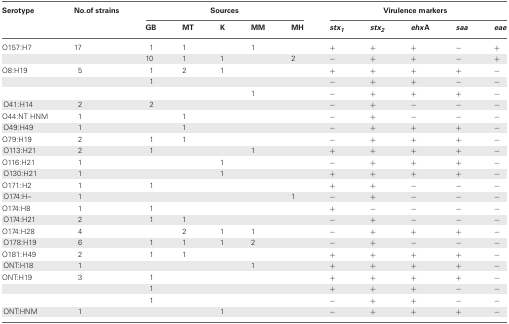
<table><thead><tr><td><b>Serotype</b></td><td><b>No. of strains</b></td><td colspan="5"><b>Sources</b></td><td colspan="5"><b>Virulence markers</b></td></tr><tr><td></td><td></td><td><b>GB</b></td><td><b>MT</b></td><td><b>K</b></td><td><b>MM</b></td><td><b>MH</b></td><td><b><i>stx</i><sub>1</sub></b></td><td><b><i>stx</i><sub>2</sub></b></td><td><b><i>ehx</i>A</b></td><td><b><i>saa</i></b></td><td><b><i>eae</i></b></td></tr></thead><tbody><tr><td>O157:H7</td><td>17</td><td>1</td><td>1</td><td></td><td>1</td><td></td><td>+</td><td>+</td><td>+</td><td>−</td><td>+</td></tr><tr><td></td><td></td><td>10</td><td>1</td><td>1</td><td></td><td>2</td><td>−</td><td>+</td><td>+</td><td>−</td><td>+</td></tr><tr><td>O8:H19</td><td>5</td><td>1</td><td>2</td><td>1</td><td></td><td></td><td>+</td><td>+</td><td>+</td><td>+</td><td>−</td></tr><tr><td></td><td></td><td>1</td><td></td><td></td><td></td><td></td><td>−</td><td>+</td><td>+</td><td>−</td><td>−</td></tr><tr><td></td><td></td><td></td><td></td><td></td><td>1</td><td></td><td>−</td><td>+</td><td>+</td><td>+</td><td>−</td></tr><tr><td>O41:H14</td><td>2</td><td>2</td><td></td><td></td><td></td><td></td><td>−</td><td>+</td><td>−</td><td>−</td><td>−</td></tr><tr><td>O44:NT HNM</td><td>1</td><td></td><td>1</td><td></td><td></td><td></td><td>−</td><td>+</td><td>−</td><td>−</td><td>−</td></tr><tr><td>O49:H49</td><td>1</td><td></td><td>1</td><td></td><td></td><td></td><td>−</td><td>+</td><td>+</td><td>+</td><td>−</td></tr><tr><td>O79:H19</td><td>2</td><td>1</td><td>1</td><td></td><td></td><td></td><td>−</td><td>+</td><td>+</td><td>+</td><td>−</td></tr><tr><td>O113:H21</td><td>2</td><td>1</td><td></td><td></td><td>1</td><td></td><td>+</td><td>+</td><td>+</td><td>+</td><td>−</td></tr><tr><td>O116:H21</td><td>1</td><td></td><td></td><td>1</td><td></td><td></td><td>−</td><td>+</td><td>+</td><td>+</td><td>−</td></tr><tr><td>O130:H21</td><td>1</td><td></td><td></td><td>1</td><td></td><td></td><td>+</td><td>+</td><td>+</td><td>+</td><td>−</td></tr><tr><td>O171:H2</td><td>1</td><td>1</td><td></td><td></td><td></td><td></td><td>+</td><td>+</td><td>−</td><td>−</td><td>−</td></tr><tr><td>O174:H–</td><td>1</td><td></td><td></td><td></td><td></td><td>1</td><td>−</td><td>+</td><td>−</td><td>−</td><td>−</td></tr><tr><td>O174:H8</td><td>1</td><td>1</td><td></td><td></td><td></td><td></td><td>+</td><td>−</td><td>−</td><td>−</td><td>−</td></tr><tr><td>O174:H21</td><td>2</td><td>1</td><td>1</td><td></td><td></td><td></td><td>−</td><td>+</td><td>−</td><td>−</td><td>−</td></tr><tr><td>O174:H28</td><td>4</td><td></td><td>2</td><td>1</td><td>1</td><td></td><td>−</td><td>+</td><td>+</td><td>+</td><td>−</td></tr><tr><td>O178:H19</td><td>6</td><td>1</td><td>1</td><td>1</td><td>2</td><td></td><td>−</td><td>+</td><td>−</td><td>−</td><td>−</td></tr><tr><td>O181:H49</td><td>2</td><td>1</td><td>1</td><td></td><td></td><td></td><td>+</td><td>+</td><td>+</td><td>+</td><td>−</td></tr><tr><td>ONT:H18</td><td>1</td><td></td><td></td><td></td><td>1</td><td></td><td>+</td><td>+</td><td>+</td><td>+</td><td>−</td></tr><tr><td>ONT:H19</td><td>3</td><td>1</td><td></td><td></td><td></td><td></td><td>+</td><td>+</td><td>+</td><td>+</td><td>−</td></tr><tr><td></td><td></td><td>1</td><td></td><td></td><td></td><td></td><td>+</td><td>+</td><td>+</td><td>−</td><td>−</td></tr><tr><td></td><td></td><td>1</td><td></td><td></td><td></td><td></td><td>−</td><td>+</td><td>+</td><td>−</td><td>−</td></tr><tr><td>ONT:HNM</td><td>1</td><td></td><td></td><td>1</td><td></td><td></td><td>−</td><td>+</td><td>+</td><td>+</td><td>−</td></tr></tbody></table>